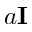
a \mathbf { I }